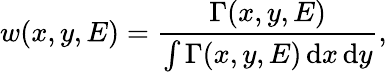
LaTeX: w(x,y,E)=\frac{\Gamma(x,y,E)}{\int\Gamma(x,y,E)\, \mathrm{d}x\, \mathrm{d}y},